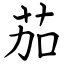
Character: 茄